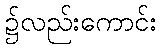
၌လည်းကောင်း